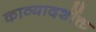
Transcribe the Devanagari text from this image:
काव्यादर्शोक्त